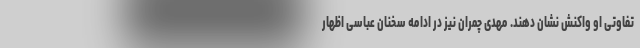
تفاوتی او واکنش نشان دهند. مهدی چمران نیز در ادامه سخنان عباسی اظهار